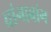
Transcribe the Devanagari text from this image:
चांगाबांग